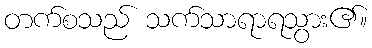
တက်စသည် သက်သာရာရသွား၏။